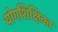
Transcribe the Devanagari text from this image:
योगशिक्षिका